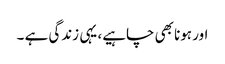
اور ہونا بھی چاہیے، یہی زندگی ہے ۔